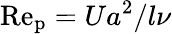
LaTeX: \mathrm{Re_{p}}=Ua^{2}/l\nu